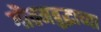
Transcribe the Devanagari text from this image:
गौतमबुद्धाच्या